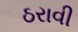
ઠરાવી